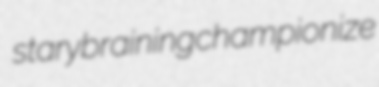
stary braining championize